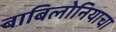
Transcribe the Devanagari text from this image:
बाबिलोनियाचा